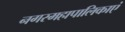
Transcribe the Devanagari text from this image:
नगरमहापालिकाएं